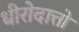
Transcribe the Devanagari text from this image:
धीरोदात्तो